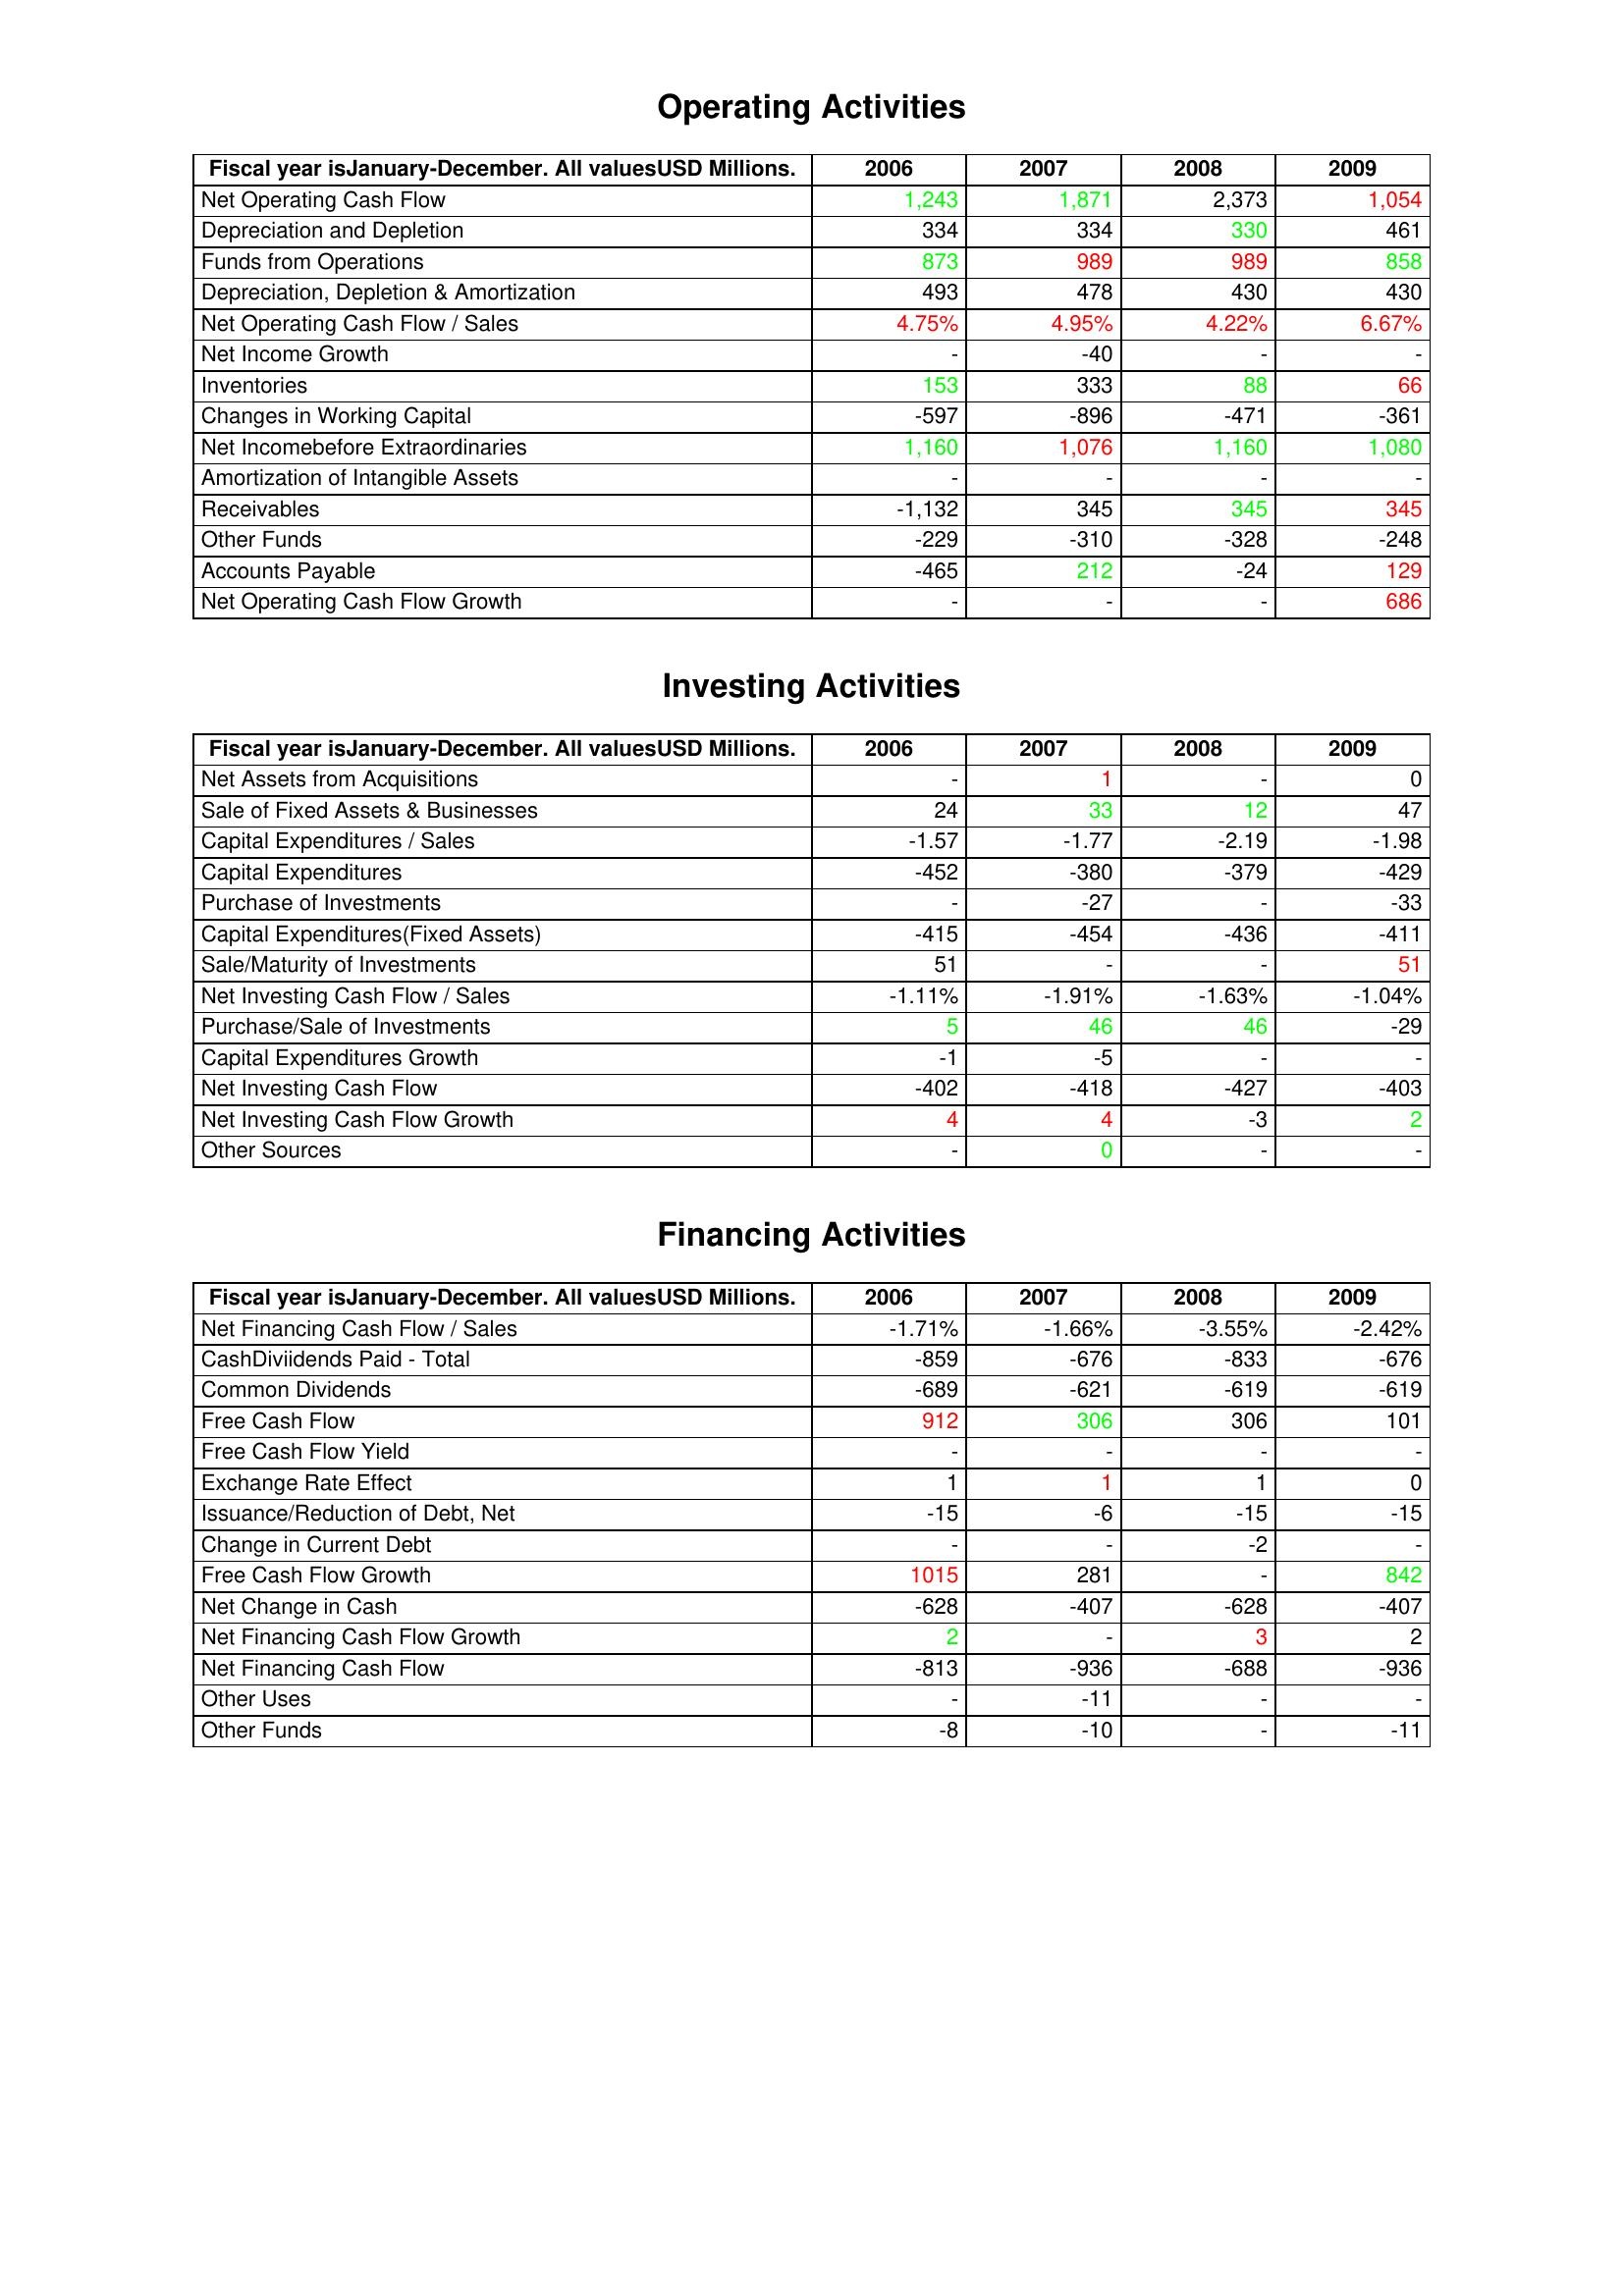
gt_parse: 2006: Operating Activities: Net Operating Cash Flow: 1,243
Depreciation and Depletion: 334
Funds from Operations: 873
Depreciation, Depletion & Amortization: 493
Net Operating Cash Flow / Sales: 4.75%
Net Income Growth: -
Inventories: 153
Changes in Working Capital: -597
Net Incomebefore Extraordinaries: 1,160
Amortization of Intangible Assets: -
Receivables: -1,132
Other Funds: -229
Accounts Payable: -465
Net Operating Cash Flow Growth: -
Investing Activities: Net Assets from Acquisitions: -
Sale of Fixed Assets & Businesses: 24
Capital Expenditures / Sales: -1.57
Capital Expenditures: -452
Purchase of Investments: -
Capital Expenditures(Fixed Assets): -415
Sale/Maturity of Investments: 51
Net Investing Cash Flow / Sales: -1.11%
Purchase/Sale of Investments: 5
Capital Expenditures Growth: -1
Net Investing Cash Flow: -402
Net Investing Cash Flow Growth: 4
Other Sources: -
Financing Activities: Net Financing Cash Flow / Sales: -1.71%
CashDiviidends Paid - Total: -859
Common Dividends: -689
Free Cash Flow: 912
Free Cash Flow Yield: -
Exchange Rate Effect: 1
Issuance/Reduction of Debt, Net: -15
Change in Current Debt: -
Free Cash Flow Growth: 1015
Net Change in Cash: -628
Net Financing Cash Flow Growth: 2
Net Financing Cash Flow: -813
Other Uses: -
Other Funds: -8
2007: Operating Activities: Net Operating Cash Flow: 1,871
Depreciation and Depletion: 334
Funds from Operations: 989
Depreciation, Depletion & Amortization: 478
Net Operating Cash Flow / Sales: 4.95%
Net Income Growth: -40
Inventories: 333
Changes in Working Capital: -896
Net Incomebefore Extraordinaries: 1,076
Amortization of Intangible Assets: -
Receivables: 345
Other Funds: -310
Accounts Payable: 212
Net Operating Cash Flow Growth: -
Investing Activities: Net Assets from Acquisitions: 1
Sale of Fixed Assets & Businesses: 33
Capital Expenditures / Sales: -1.77
Capital Expenditures: -380
Purchase of Investments: -27
Capital Expenditures(Fixed Assets): -454
Sale/Maturity of Investments: -
Net Investing Cash Flow / Sales: -1.91%
Purchase/Sale of Investments: 46
Capital Expenditures Growth: -5
Net Investing Cash Flow: -418
Net Investing Cash Flow Growth: 4
Other Sources: 0
Financing Activities: Net Financing Cash Flow / Sales: -1.66%
CashDiviidends Paid - Total: -676
Common Dividends: -621
Free Cash Flow: 306
Free Cash Flow Yield: -
Exchange Rate Effect: 1
Issuance/Reduction of Debt, Net: -6
Change in Current Debt: -
Free Cash Flow Growth: 281
Net Change in Cash: -407
Net Financing Cash Flow Growth: -
Net Financing Cash Flow: -936
Other Uses: -11
Other Funds: -10
2008: Operating Activities: Net Operating Cash Flow: 2,373
Depreciation and Depletion: 330
Funds from Operations: 989
Depreciation, Depletion & Amortization: 430
Net Operating Cash Flow / Sales: 4.22%
Net Income Growth: -
Inventories: 88
Changes in Working Capital: -471
Net Incomebefore Extraordinaries: 1,160
Amortization of Intangible Assets: -
Receivables: 345
Other Funds: -328
Accounts Payable: -24
Net Operating Cash Flow Growth: -
Investing Activities: Net Assets from Acquisitions: -
Sale of Fixed Assets & Businesses: 12
Capital Expenditures / Sales: -2.19
Capital Expenditures: -379
Purchase of Investments: -
Capital Expenditures(Fixed Assets): -436
Sale/Maturity of Investments: -
Net Investing Cash Flow / Sales: -1.63%
Purchase/Sale of Investments: 46
Capital Expenditures Growth: -
Net Investing Cash Flow: -427
Net Investing Cash Flow Growth: -3
Other Sources: -
Financing Activities: Net Financing Cash Flow / Sales: -3.55%
CashDiviidends Paid - Total: -833
Common Dividends: -619
Free Cash Flow: 306
Free Cash Flow Yield: -
Exchange Rate Effect: 1
Issuance/Reduction of Debt, Net: -15
Change in Current Debt: -2
Free Cash Flow Growth: -
Net Change in Cash: -628
Net Financing Cash Flow Growth: 3
Net Financing Cash Flow: -688
Other Uses: -
Other Funds: -
2009: Operating Activities: Net Operating Cash Flow: 1,054
Depreciation and Depletion: 461
Funds from Operations: 858
Depreciation, Depletion & Amortization: 430
Net Operating Cash Flow / Sales: 6.67%
Net Income Growth: -
Inventories: 66
Changes in Working Capital: -361
Net Incomebefore Extraordinaries: 1,080
Amortization of Intangible Assets: -
Receivables: 345
Other Funds: -248
Accounts Payable: 129
Net Operating Cash Flow Growth: 686
Investing Activities: Net Assets from Acquisitions: 0
Sale of Fixed Assets & Businesses: 47
Capital Expenditures / Sales: -1.98
Capital Expenditures: -429
Purchase of Investments: -33
Capital Expenditures(Fixed Assets): -411
Sale/Maturity of Investments: 51
Net Investing Cash Flow / Sales: -1.04%
Purchase/Sale of Investments: -29
Capital Expenditures Growth: -
Net Investing Cash Flow: -403
Net Investing Cash Flow Growth: 2
Other Sources: -
Financing Activities: Net Financing Cash Flow / Sales: -2.42%
CashDiviidends Paid - Total: -676
Common Dividends: -619
Free Cash Flow: 101
Free Cash Flow Yield: -
Exchange Rate Effect: 0
Issuance/Reduction of Debt, Net: -15
Change in Current Debt: -
Free Cash Flow Growth: 842
Net Change in Cash: -407
Net Financing Cash Flow Growth: 2
Net Financing Cash Flow: -936
Other Uses: -
Other Funds: -11